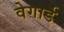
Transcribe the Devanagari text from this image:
वेगार्ड